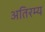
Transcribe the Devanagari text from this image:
अतिरम्य